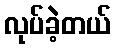
လုပ်ခဲ့တယ်